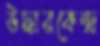
উদ্ধারকেন্দ্র